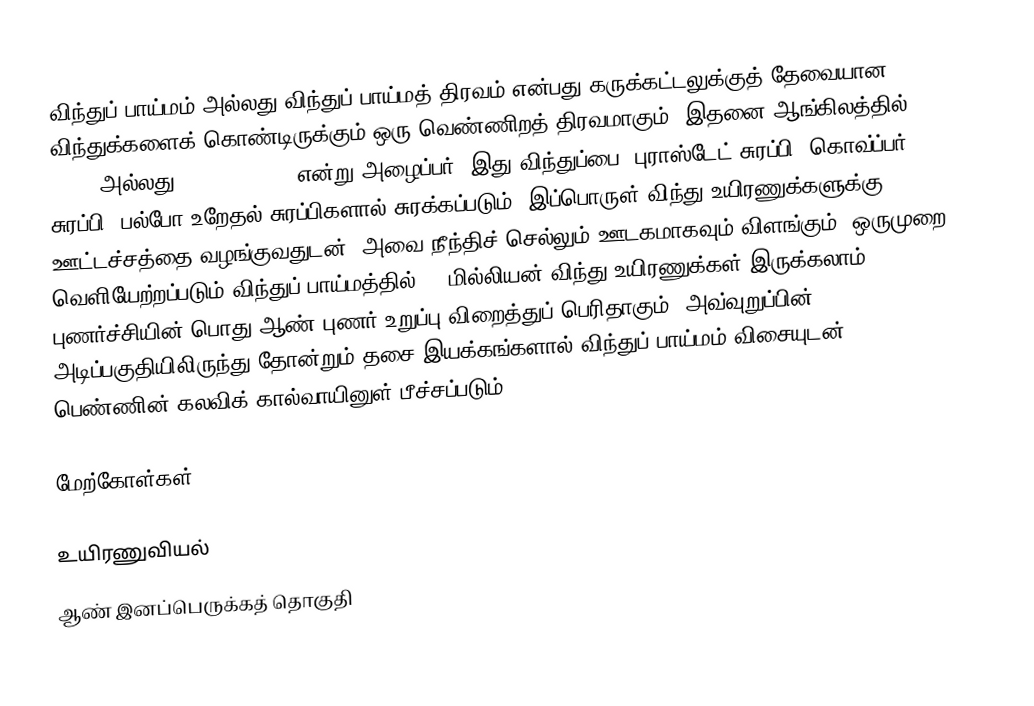
விந்துப் பாய்மம் அல்லது விந்துப் பாய்மத் திரவம் என்பது கருக்கட்டலுக்குத் தேவையான விந்துக்களைக் கொண்டிருக்கும் ஒரு வெண்ணிறத் திரவமாகும். இதனை ஆங்கிலத்தில் Semen அல்லது Seminal fluid என்று அழைப்பர். இது விந்துப்பை, புராஸ்டேட் சுரப்பி, கொவ்ப்பர் சுரப்பி, பல்போ-உறேதல் சுரப்பிகளால் சுரக்கப்படும். இப்பொருள் விந்து உயிரணுக்களுக்கு ஊட்டச்சத்தை வழங்குவதுடன், அவை நீந்திச் செல்லும் ஊடகமாகவும் விளங்கும். ஒருமுறை வெளியேற்றப்படும் விந்துப் பாய்மத்தில் 50 மில்லியன் விந்து உயிரணுக்கள் இருக்கலாம். புணர்ச்சியின் பொது ஆண் புணர் உறுப்பு விறைத்துப் பெரிதாகும். அவ்வுறுப்பின் அடிப்பகுதியிலிருந்து தோன்றும் தசை இயக்கங்களால் விந்துப் பாய்மம் விசையுடன் பெண்ணின் கலவிக் கால்வாயினுள் பீச்சப்படும்.

மேற்கோள்கள்

உயிரணுவியல்
ஆண் இனப்பெருக்கத் தொகுதி